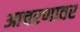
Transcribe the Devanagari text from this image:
आचरणावर